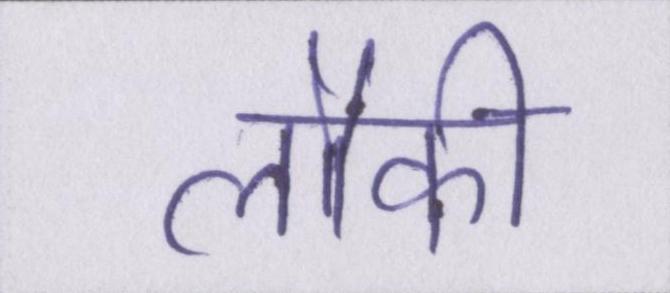
लौकी